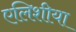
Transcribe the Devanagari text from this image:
एलिशीया